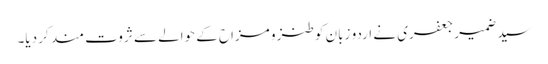
سید ضمیر جعفری نے اردو زبان کو طنز و مزاح کے حوالے سے ثروت مند کر دیا۔